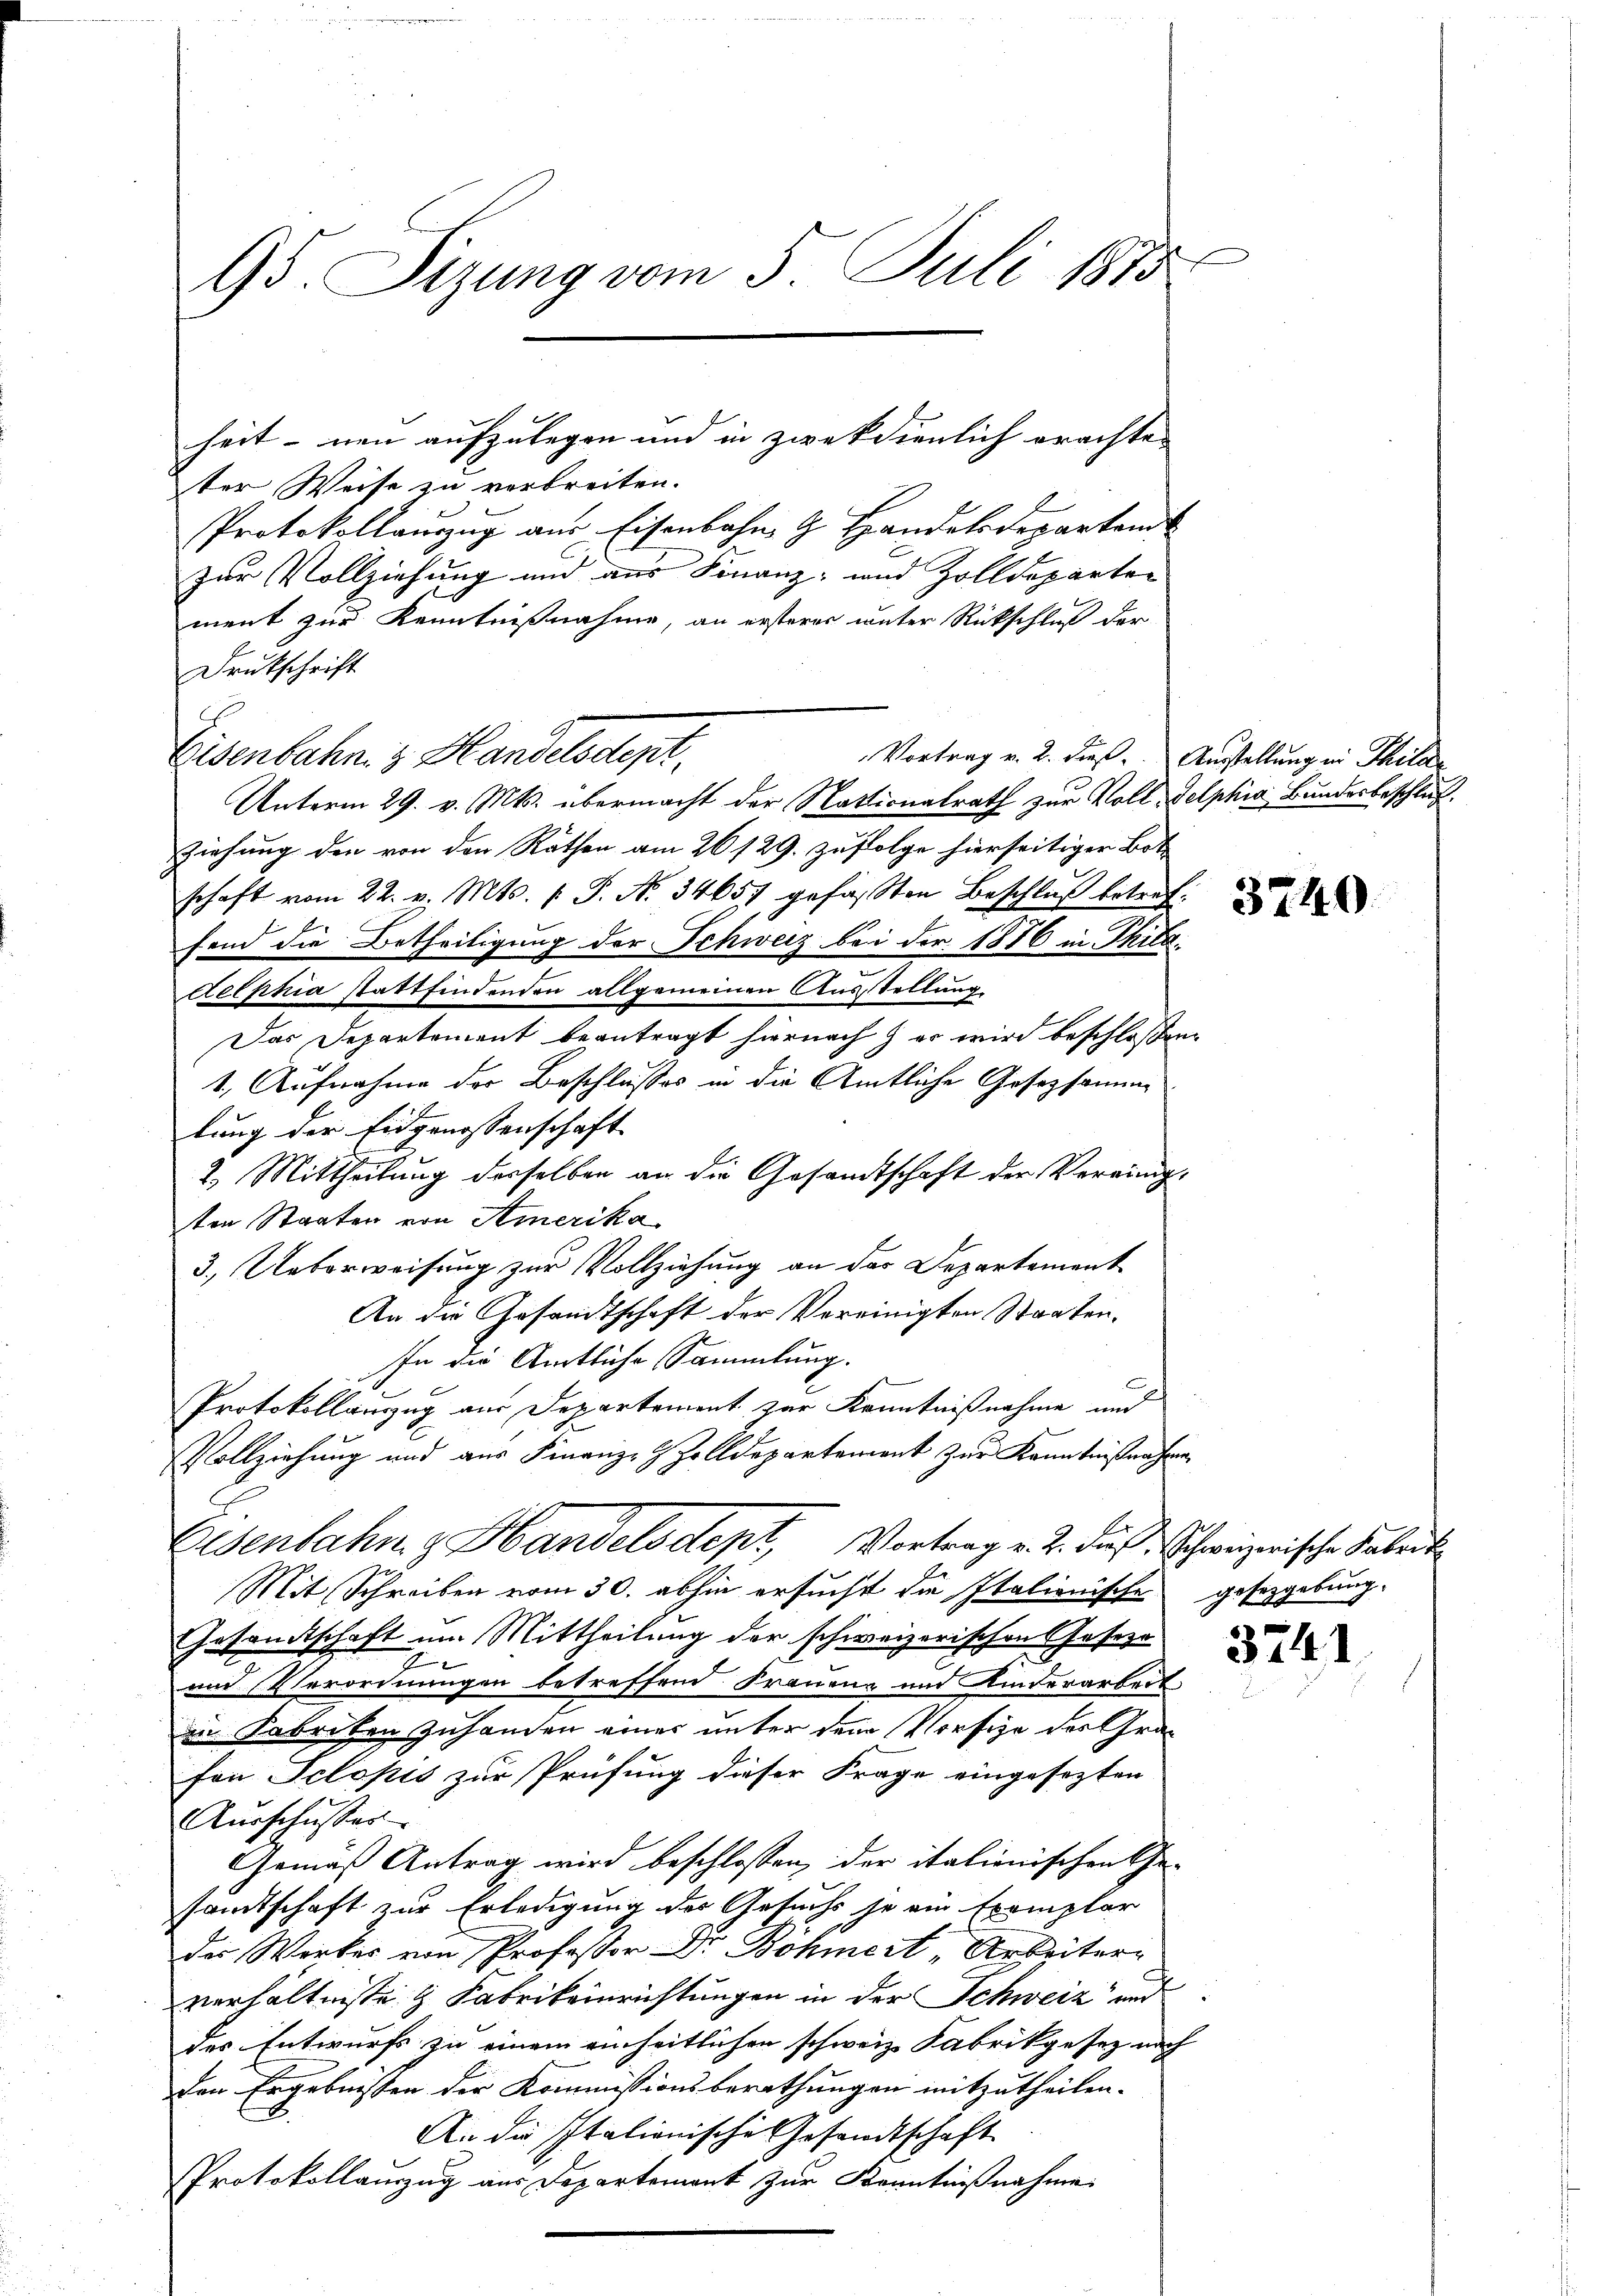
95. Sizung vom 5. Juli 1885

heit – neu aufzulegen und in zweckdienlich erachte |
ter Weise zu verbreiten.
Protokollauszug aus Eisenbahn & Handelsdepartem
zur Vollziehung und aus Finanz- und Zolldeparten
ment zur Kenntnißnahme, an ersterer unter Rückschluß der
Drukschrift
Vortrag v. 2. dieß. Austellung in Thilde
Eisenbahn & Handelsdept,
Unterm 29. v. Mts. übermacht der Nationalrath zur Voll Delphia Bundesbeschluß
Ziehung den von den Rathen am 26. 129. zufolge hierseitiger Bot
schaft vom 22. v. Mts. f. S. N. 34657 gefaβten Beschlŭβ betreffend die Betheiligung der Schweiz bei der 1876 in Thild
delphia stattfindenden allgemeinen Ausstellung
Das Departement beantragt hiernach er wird beschloßen:
1. Aufnahme der Beschlusses in die Amtliche Geseztonung
lung der Eidgenossenschaft
2.) Mittheilung derselben an die Gesamtschaft der Verrungten Staaten von Amerika
3.) Ueberweisung zur Vollziehung an des Departement
An die Gesandtschaft der Vereinigten Staaten.
In die Amtliche Sammlung.
Protokollanzug aus Departement zur Kenntnißnahme und
Vollziehung und aus Finanz- & Zolldepartement zur Kenntnißnahmen
Eisenbahng Handelsdept, Vortrag v. 2. dieß. Schweizerische Farbeit
Mit Schreiben vom 30. abhin ersucht die Italienische gesetzgebung.
Gesandtschaft um Mittheilung der schweizerischen Geseze
.
und Verordnungen betreffend Frauenz und Kinderarbeit
in Fabriken Zuhanden einer unter dem Vorsie des Grafon Selopis zur Prüfung dieser Frage eingesezten
Ausschusser
Gemäß Antrag wird beschlossen, der italienischen Ge-
sandtschaft zur Erledigung der Gesuchs je ein Exemplar
der Werker von Professor Dr Böhmert, Arbeiter
verhältnisse & Fabrikeinrichtungen in der Schweiz und
des Entwurfs zu einem einheitlichen schweiz. Fabrikgesez nach
den Ergebnissen der Kommissionsberathungen mitzutheilen.
An die Italionische Gesandtschaft
Protokollauszug aus Departement zur Kenntnißnahme:

3740.

3741